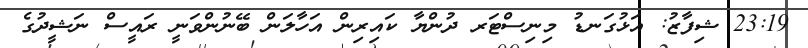
23:19 ޝިފާޒު: އަޅުގަނޑު މިނިސްޓަރ ދުންޔާ ކައިރިން އަހާލަން ބޭނުންވަނީ ރައީސް ނަޝީދުގެ